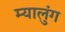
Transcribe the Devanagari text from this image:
म्यालुंग